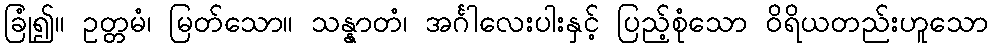
ခြုံ၍။ ဥတ္တမံ၊ မြတ်သော။ သန္နာတံ၊ အင်္ဂါလေးပါးနှင့် ပြည့်စုံသော ဝိရိယတည်းဟူသော